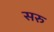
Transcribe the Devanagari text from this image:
सरु